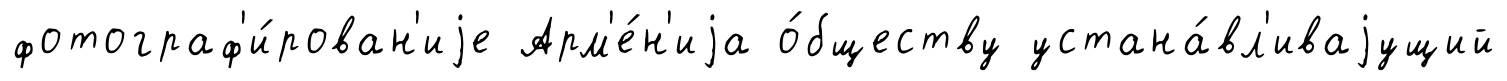
фотограф'и́рован'иjе Арм'е́н'иjа о́бществу устана́вл'иваjущий